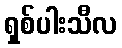
ရှစ်ပါးသီလ